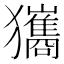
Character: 𤣑